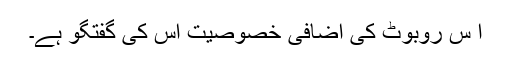
اِ س روبوٹ کی اضافی خصوصیت اس کی گفتگو ہے۔